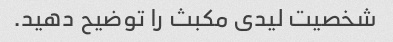
شخصیت لیدی مکبث را توضیح دهید.